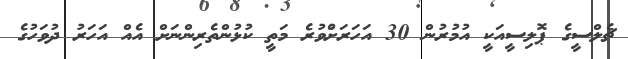
ޗެލްސީގެ ޕޮލިސީއަކީ އުމުރުން 30 އަހަރަށްުވުރެ މަތީ ކުޅުންތެރިންނަށް އެއް އަހަރު ދުވަހުގެ